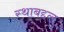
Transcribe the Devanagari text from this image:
स्थाबद्दल